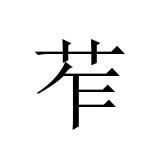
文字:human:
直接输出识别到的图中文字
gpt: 苲